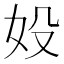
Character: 𡚾